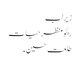
زیر لب
رائو منظر حیات
طلعت حسین۔